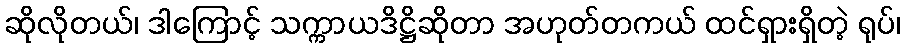
ဆိုလိုတယ်၊ ဒါကြောင့် သက္ကာယဒိဋ္ဌိဆိုတာ အဟုတ်တကယ် ထင်ရှားရှိတဲ့ ရုပ်၊